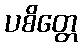
ပစိတ္တေ